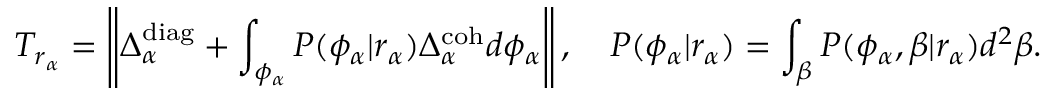
T _ { r _ { \alpha } } = \left\| \Delta _ { \alpha } ^ { \mathrm { d i a g } } + \int _ { \phi _ { \alpha } } P ( \phi _ { \alpha } | r _ { \alpha } ) \Delta _ { \alpha } ^ { \mathrm { c o h } } d \phi _ { \alpha } \right\| , \quad P ( \phi _ { \alpha } | r _ { \alpha } ) = \int _ { \beta } P ( \phi _ { \alpha } , \beta | r _ { \alpha } ) d ^ { 2 } \beta .